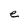
Character: e